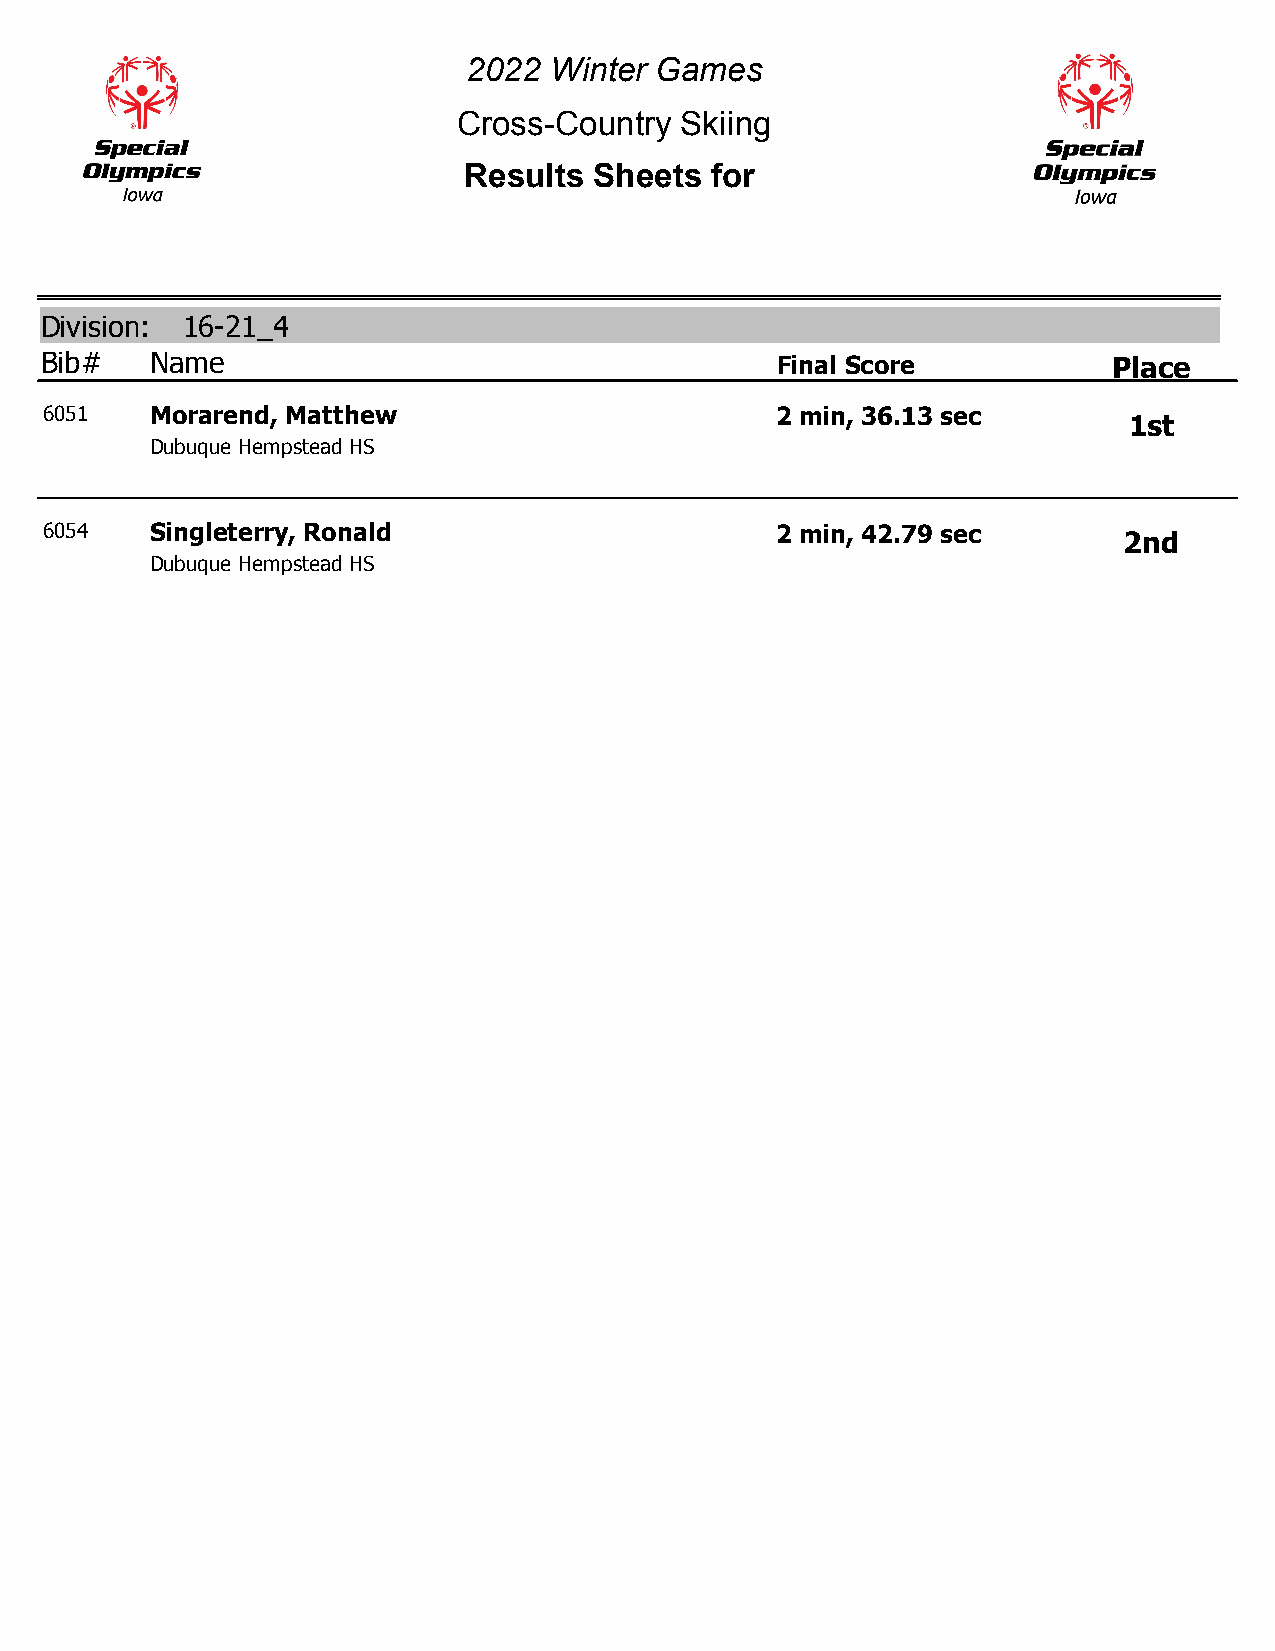
2022 Winter Games
 Cross-Country  Skiing
 Results Sheets  for
 Division: 16-21_4
 Bib#   Name                                     Final Score            Place
 6051   Morarend, Matthew                        2 min, 36.13 sec
 1st
 Dubuque Hempstead HS
 6054   Singleterry, Ronald                      2 min, 42.79 sec
 2nd
 Dubuque Hempstead HS